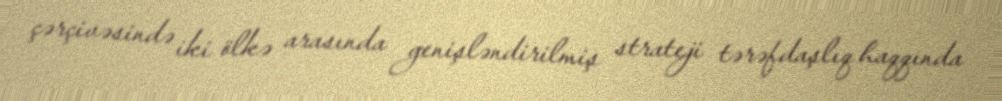
çərçivəsində iki ölkə arasında genişləndirilmiş strateji tərəfdaşlıq haqqında